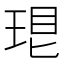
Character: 𤥛